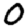
Digit: 0